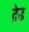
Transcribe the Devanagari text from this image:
द़ेढ